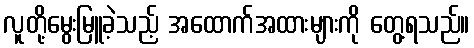
လူတို့မွေးမြူခဲ့သည့် အထောက်အထားများကို တွေ့ရသည်။